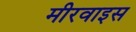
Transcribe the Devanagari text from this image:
मीरवाइस